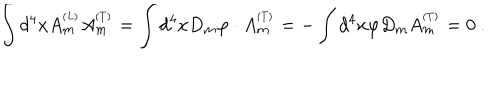
\int d ^ { 4 } x A _ { m } ^ { ^ { ( L ) } } A _ { m } ^ { ^ { ( T ) } } = \int d ^ { 4 } x D _ { m } \varphi \cdot A _ { m } ^ { ^ { ( T ) } } = - \int d ^ { 4 } x \varphi D _ { m } A _ { m } ^ { ^ { ( T ) } } = 0 ~ .